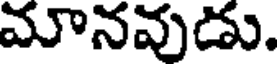
మానవుడు.